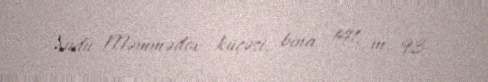
Xudu Məmmədov küçəsi, bina 141, m. 93